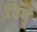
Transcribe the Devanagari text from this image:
हिदूं